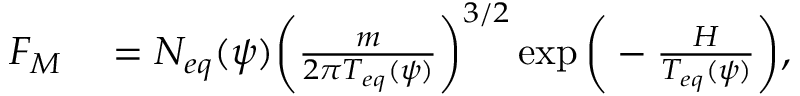
\begin{array} { r l } { F _ { M } } & { { } = N _ { e q } ( \psi ) \bigg ( \frac { m } { 2 \pi T _ { e q } ( \psi ) } \bigg ) ^ { 3 / 2 } \exp { \bigg ( - \frac { H } { T _ { e q } ( \psi ) } \bigg ) } , } \end{array}